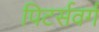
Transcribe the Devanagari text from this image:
पिटर्सवर्ग